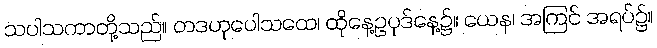
သပါသကာတို့သည်။ တဒဟုပေါသထေ၊ ထိုနေ့ဥပုဒ်နေ့၌။ ယေန၊ အကြင် အရပ်၌။